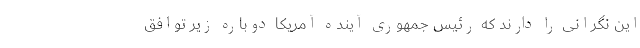
این نگرانی را دارند که رئیس جمهوری آینده آمریکا دوباره زیر توافق